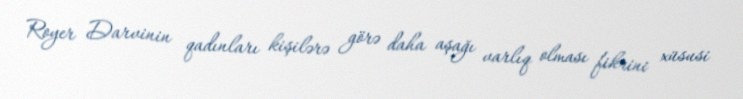
Royer Darvinin qadınları kişilərə görə daha aşağı varlıq olması fikrini xüsusi